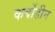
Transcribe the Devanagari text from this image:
कर्बोडीन